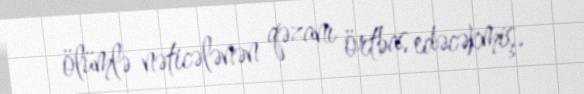
ölümlə nəticələnən qəzanı örtbas edəcəkmiş.